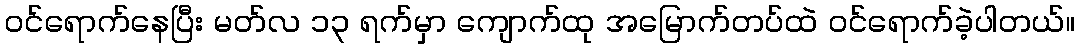
ဝင်ရောက်နေပြီး မတ်လ ၁၃ ရက်မှာ ကျောက်ထု အမြောက်တပ်ထဲ ဝင်ရောက်ခဲ့ပါတယ်။